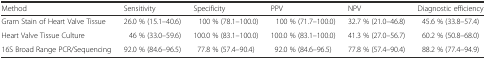
| Method | Sensitivity | Specificity | PPV | NPV | Diagnostic efficiency |
 | --- | --- | --- | --- | --- | --- |
 | Gram Stain of Heart Valve Tissue | 26.0 % (15.1–40.6) | 100 % (78.1–100.0) | 100 % (71.7–100.0) | 32.7 % (21.0–46.8) | 45.6 % (33.8–57.4) |
 | Heart Valve Tissue Culture | 46 % (33.0–59.6) | 100.0 % (83.1–100.0) | 100.0 % (83.1–100.0) | 41.3 % (27.0–56.7) | 60.2 % (50.8–68.0) |
 | 16S Broad Range PCR/Sequencing | 92.0 % (84.6–96.5) | 77.8 % (57.4–90.4) | 92.0 % (84.6–96.5) | 77.8 % (57.4–90.4) | 88.2 % (77.4–94.9) |